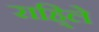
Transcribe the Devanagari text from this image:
राहि्ले